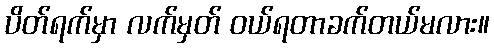
ပိတ်ရက်မှာ လက်မှတ် ဝယ်ရတာခက်တယ်မလား။